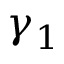
\gamma _ { 1 }